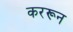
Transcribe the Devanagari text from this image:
कररून